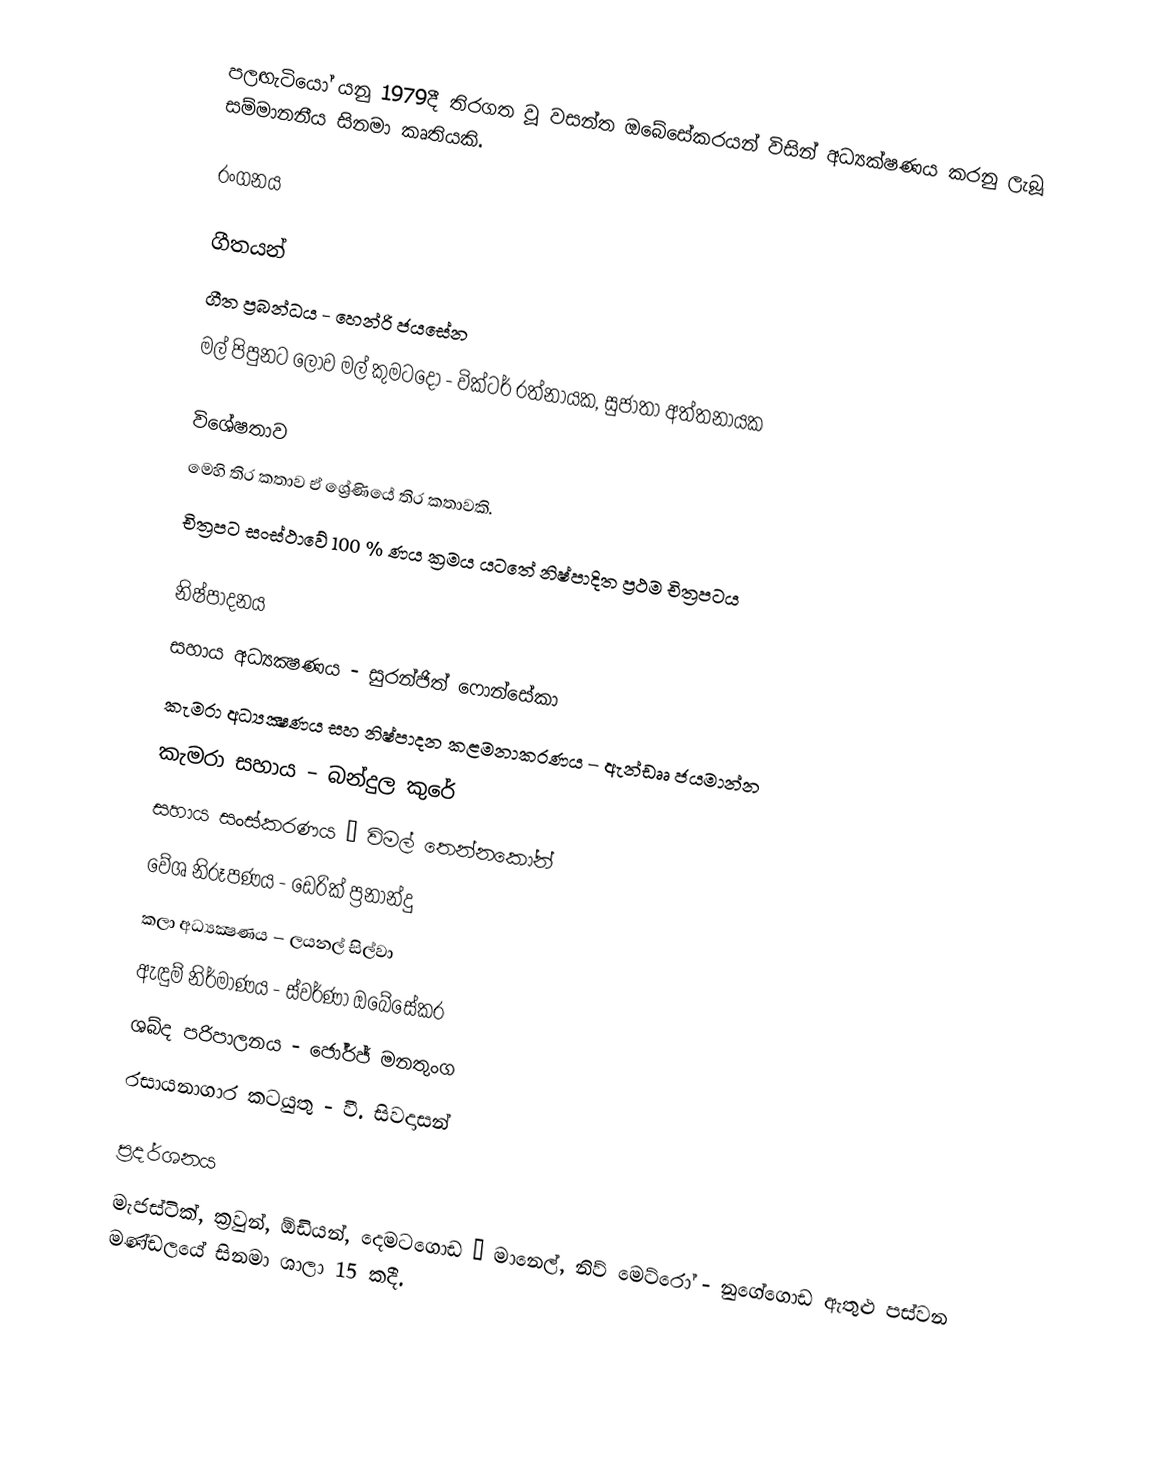
පලඟැටියෝ යනු 1979දී තිරගත වූ වසන්ත ඔබේසේකරයන් විසින් අධ්‍යක්ෂණය කරනු ලැබූ සම්මානනීය සිනමා කෘතියකි.

රංගනය

ගීතයන්
ගීත ප්‍රබන්ධය - හෙන්රි ජයසේන
මල් පිපුනට ලොව මල් කුමටදෝ - වික්ටර් රත්නායක, සුජාතා අත්තනායක

විශේෂතාව
මෙහි තිර කතාව ඒ ශ්‍රේණියේ තිර කතාවකි.
චිත්‍රපට සංස්ථාවේ 100 % ණය ක්‍රමය යටතේ නිෂ්පාදිත ප්‍රථම චිත්‍රපටය

නිෂ්පාදනය
සහාය අධ්‍යක්‍ෂණය - සුරන්ජිත් ෆොන්සේකා
කැමරා අධ්‍යක්‍ෂණය සහ නිෂ්පාදන කළමනාකරණය – ඇන්ඩෲ ජයමාන්න
කැමරා සහාය – බන්දුල කුරේ
සහාය සංස්කරණය – විමල් තෙන්නකෝන්
වේශ නිරූපණය - ඩෙරික් ප්‍රනාන්දු
කලා අධ්‍යක්‍ෂණය – ලයනල් සිල්වා
ඇඳුම් නිර්මාණය - ස්වර්ණා ඔබේසේකර
ශබ්ද පරිපාලනය - ජෝර්ජ් මනතුංග
රසායනාගාර කටයුතු - වී. සිවදාසන්

ප්‍රදර්ශනය
මැජස්ටික්, ක්‍රවුන්, ඕඩියන්, දෙමටගොඩ – මානෙල්, නිව් මෙට්රෝ - නුගේගොඩ ඇතුළු පස්වන මණ්ඩලයේ සිනමා ශාලා 15 කදී.